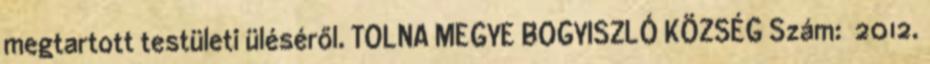
megtartott testületi üléséről. TOLNA MEGYE BOGYISZLÓ KÖZSÉG Szám: 2012.